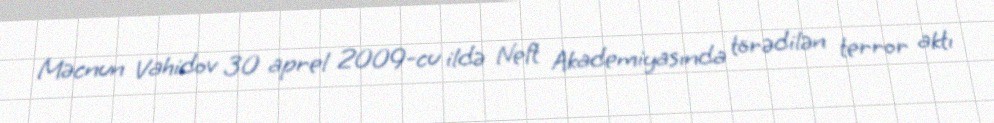
Məcnun Vahidov 30 aprel 2009-cu ildə Neft Akademiyasında törədilən terror aktı